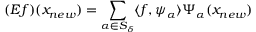
( E f ) ( x _ { n e w } ) = \sum _ { \alpha \in S _ { \delta } } \langle f , \psi _ { \alpha } \rangle \Psi _ { \alpha } ( x _ { n e w } )